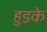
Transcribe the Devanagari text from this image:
हुडके